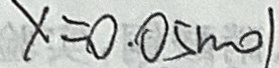
x = 0 . 0 5 m o l